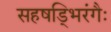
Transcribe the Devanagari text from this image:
सहषड्भिरंगैः